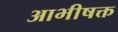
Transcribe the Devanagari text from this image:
आभीषक्त